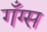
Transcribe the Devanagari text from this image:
गँग्स